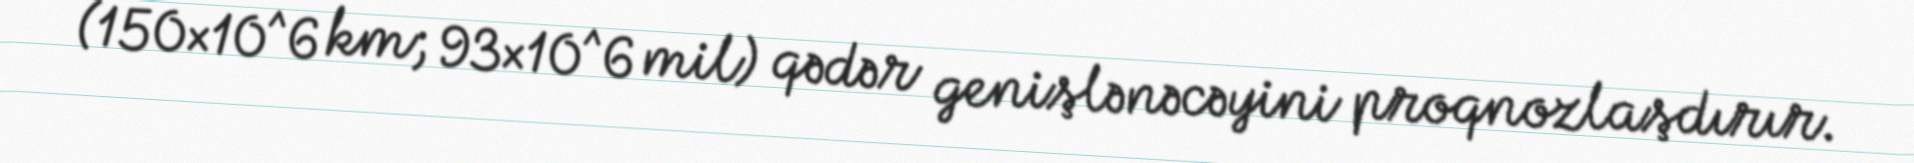
(150×10^6 km; 93×10^6 mil) qədər genişlənəcəyini proqnozlaşdırır.